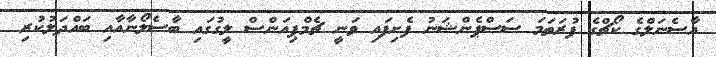
އާސެނަލްގެ ކޯޗްގެ ފުރަތަމަ ސަސްޕެންޝަނު ފެށިފައި ވަނީ ޗެމްޕިއަންސް ލީގުގައި ބާސެލޯނާއާއި ބައްދަލުކުރި